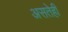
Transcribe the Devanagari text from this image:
असतेही